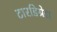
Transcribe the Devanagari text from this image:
टारडिग्रेडा